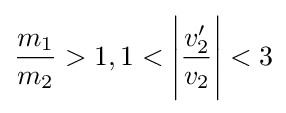
{\frac {m_{1}}{m_{2}}}>1,1<{\Bigg |}{\frac {v_{2}^{\prime }}{v_{2}}}{\Bigg |}<3